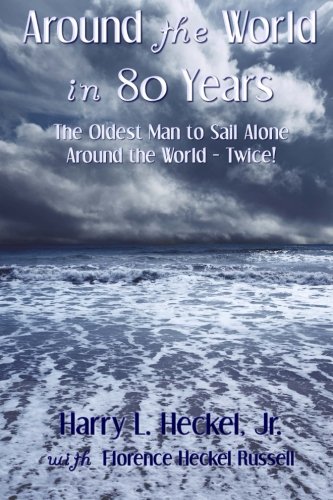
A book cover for Around the World in 80 Years: The Oldest Man to Sail Alone around the World - Twice!; Harry L. Heckel Jr.; Travel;